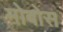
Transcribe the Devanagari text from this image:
मोबोस